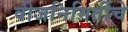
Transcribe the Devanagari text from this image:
वीजनिमिर्तीचे